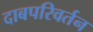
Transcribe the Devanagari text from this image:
दाबपरिवर्तन